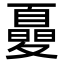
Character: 𡕾